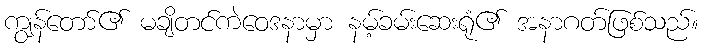
ကျွန်တော်၏ မချိတင်ကဲဝေဒနာမှာ နမ့်ခမ်းဆေးရုံ၏ အနာဂတ်ဖြစ်သည်။